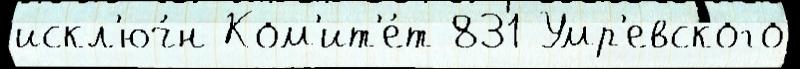
искл'юч́н Ком'ит'е́т 831 Умр'евского